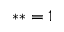
* * = 1